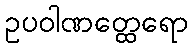
ဥပဝါဏတ္ထေရော